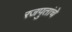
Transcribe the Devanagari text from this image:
रजपुतांचे